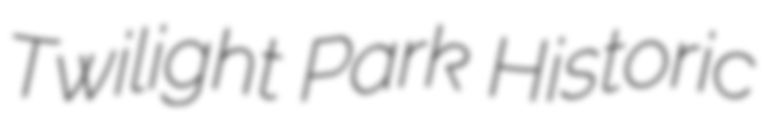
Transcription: Twilight Park Historic